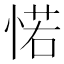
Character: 𢜪